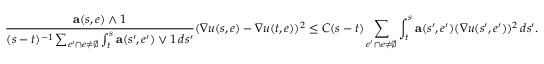
\frac { \mathbf { a } ( s , e ) \wedge 1 } { ( s - t ) ^ { - 1 } \sum _ { e ^ { \prime } \cap e \neq \emptyset } \int _ { t } ^ { s } \mathbf { a } ( s ^ { \prime } , e ^ { \prime } ) \vee 1 \, d s ^ { \prime } } ( \nabla u ( s , e ) - \nabla u ( t , e ) ) ^ { 2 } \leq C ( s - t ) \sum _ { e ^ { \prime } \cap e \neq \emptyset } \int _ { t } ^ { s } \mathbf { a } ( s ^ { \prime } , e ^ { \prime } ) ( \nabla u ( s ^ { \prime } , e ^ { \prime } ) ) ^ { 2 } \, d s ^ { \prime } .